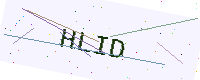
Text: HLID